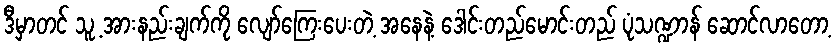
ဒီမှာတင် သူ့ အားနည်းချက်ကို လျော်ကြေးပေးတဲ့ အနေနဲ့ ဒေါင်းတည်မောင်းတည် ပုံသဏ္ဍာန် ဆောင်လာတော့